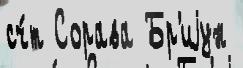
сч́т Сорава Бр'иjун